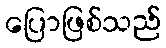
ပြောဖြစ်သည်